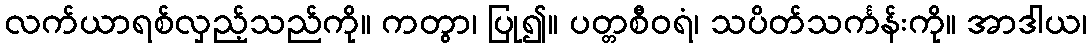
လက်ယာရစ်လှည့်သည်ကို။ ကတွာ၊ ပြု၍။ ပတ္တစီဝရံ၊ သပိတ်သင်္ကန်းကို။ အာဒါယ၊